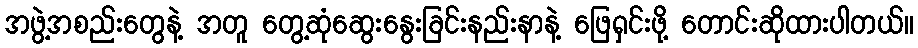
အဖွဲ့အစည်းတွေနဲ့ အတူ တွေ့ဆုံဆွေးနွေးခြင်းနည်းနာနဲ့ ဖြေရှင်းဖို့ တောင်းဆိုထားပါတယ်။